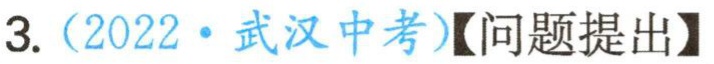
3.（2022·武汉中考）【问题提出】